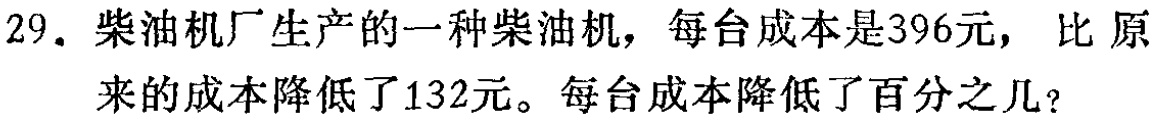
29. 柴油机厂生产的一种柴油机，每台成本是396元， 比原来的成本降低了132元。每台成本降低了百分之几？